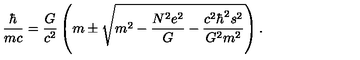
\frac { \hbar } { m c } = \frac { G } { c ^ { 2 } } \left( m \pm \sqrt { m ^ { 2 } - \frac { N ^ { 2 } e ^ { 2 } } { G } - \frac { c ^ { 2 } \hbar ^ { 2 } s ^ { 2 } } { G ^ { 2 } m ^ { 2 } } } \right) .